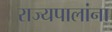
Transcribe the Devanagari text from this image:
राज्यपालांना